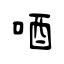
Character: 唒